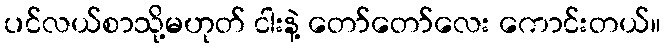
ပင်လယ်စာသို့မဟုတ် ငါးနဲ့ တော်တော်လေး ကောင်းတယ်။